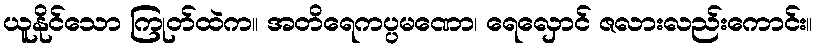
ယူနိုင်သော ကြုတ်ထဲက။ အတိရေကပ္ပမဏော၊ ရေလှောင် ဇလားလည်းကောင်း။